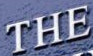
THE